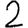
Digit: 2